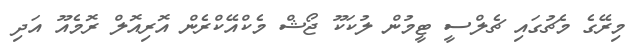
މިރޭގެ މެޗުގައި ޗެލްސީ ޓީމުން ލުކަކޫ ޖޯޝް މެކްއޭކްރެން އޮރިއޮލް ރޮމެއޫ އަދި